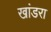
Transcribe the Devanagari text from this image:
खांडरा